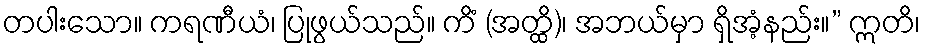
တပါးသော။ ကရဏီယံ၊ ပြုဖွယ်သည်။ ကိံ (အတ္ထိ)၊ အဘယ်မှာ ရှိအံ့နည်း။” ဣတိ၊